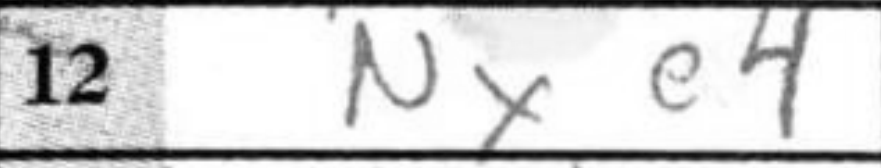
Transcription: Nxe4